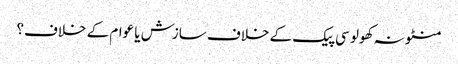
منٹو نہ کھولو	سی پیک کے خلاف سازش یا عوام کے خلاف؟